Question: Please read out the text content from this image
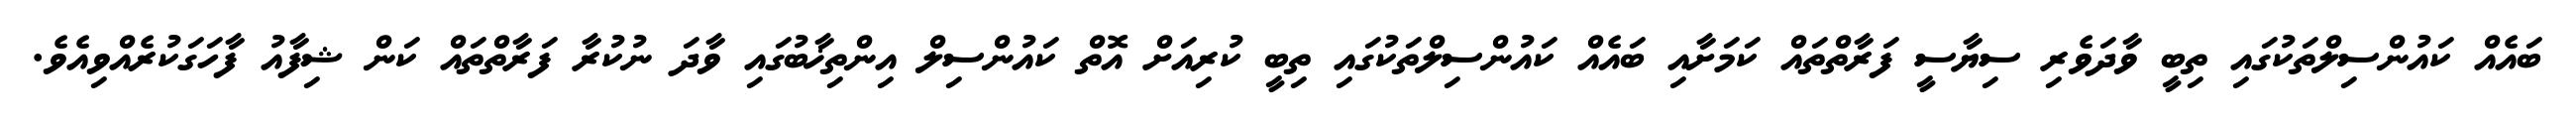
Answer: ބައެއް ކައުންސިލްތަކުގައި ތިބީ ވާދަވެރި ސިޔާސީ ފަރާތްތައް ކަމަށާއި ބައެއް ކައުންސިލްތަކުގައި ތިބީ ކުރިއަށް އޮތް ކައުންސިލް އިންތިޚާބުގައި ވާދަ ނުކުރާ ފަރާތްތައް ކަން ޝިފާއު ފާހަގަކުރެއްވިއެވެ.